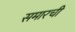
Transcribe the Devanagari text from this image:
समारची